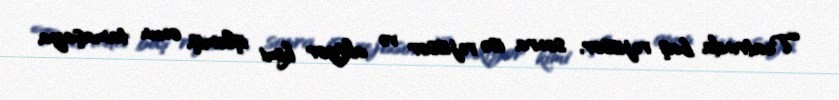
Teatrında baş rejissor, sonra isə rejissor və aktyor kimi işləmiş, onun tamaşaya